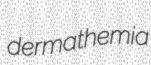
dermathemia